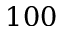
1 0 0